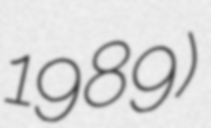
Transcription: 1989)